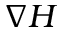
\nabla H